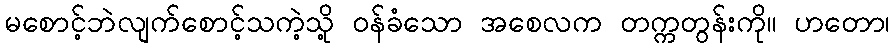
မစောင့်ဘဲလျက်စောင့်သကဲ့သို့ ဝန်ခံသော အစေလက တက္ကတွန်းကို။ ဟတော၊